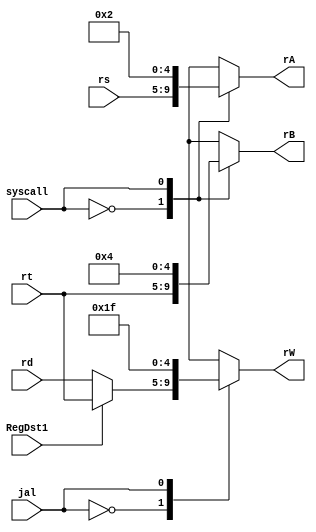
module RegFileRead(jal,RegDst1,rd,rs,rt,syscall,rW,rA,rB);
   input jal,RegDst1,syscall;
   input [4:0] rd;
   input [4:0] rs;
   input [4:0] rt;
   output [4:0] rW;
   output [4:0] rA;
   output [4:0] rB;
   reg [4:0] rW;
   reg [4:0] rA;
   reg [4:0] rB;
   always @(jal,RegDst1,syscall,rd,rs,rt)
   begin
   case (jal)
   0:
   begin
   	if(RegDst1==0)
   	begin
   	  rW=rd;	
   	end
   	else begin
   	  rW=rt;
   	end
   end
   1:
   begin
   	rW=5'b11111;
   end
   default:begin
   	 rW=0;
   end
   endcase
   
   case (syscall)
   0:begin
   	 rA=rs;
   	 rB=rt;
   end
   1:begin
   	 rA=5'b00010;
   	 rB=5'b00100;
   end
   default:begin
   	 rA=0;
   	 rB=0;
   end
   endcase
   
   end
endmodule